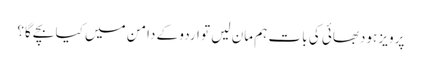
پرویز ہودبھائی کی بات ہم مان لیں تو اردو کے دامن میں کیا بچے گا؟